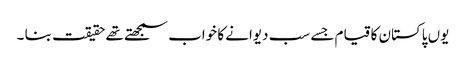
یوں پاکستان کا قیام جسے سب دیوانے کا خواب سمجھتے تھے حقیقت بنا ۔